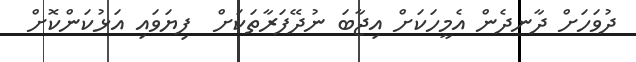
ދުވަހަށް ދާނދެން އެމީހަކަށް އިޖާބަ ނުދޭފަރާތަކަށް  ފިޔަވައި އަޅުކަންކޮށް